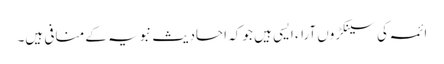
ائمہ کی سینکڑوں آراء ایسی ہیں جو کہ احادیث نبویہ کے منافی ہیں۔